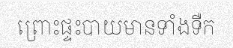
ព្រោះផ្ទះបាយមានទាំងទឺក